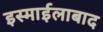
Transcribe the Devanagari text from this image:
इस्माईलाबाद